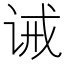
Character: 诫